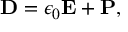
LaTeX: \mathbf { D } = \epsilon _ { 0 } \mathbf { E } + \mathbf { P } ,